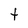
Character: t